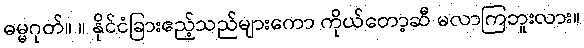
ဓမ္မဂုတ်။ ။ နိုင်ငံခြားဧည့်သည်များကော ကိုယ်တော့ဆီ မလာကြဘူးလား။